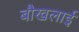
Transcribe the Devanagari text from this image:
बौखलाई